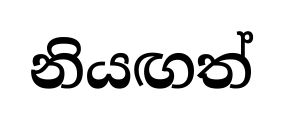
නියඟත්